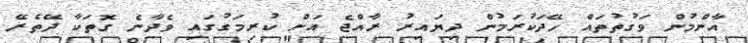
އާންމުން ވަގުތުތައް ހޭދަކުރަމުން ދިޔައިރު ރާއްޖެ އަށް ކުރިމަގުގައި ވެދާނެ ގޮތަކާ ދޭތެރޭ